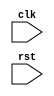
module my_function (
  input                     clk,
  input                     rst
  //output  reg   [7:0]       o_reg_example
  //input         [7:0]       i_reg_example

);
//local parameters
localparam     PARAM1  = 32'h00000000;
//registes/wires
//submodules
//asynchronous logic
//synchronous logic



endmodule